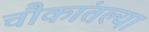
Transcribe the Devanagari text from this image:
चौकांतल्या